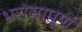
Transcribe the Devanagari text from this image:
भरोसापूर्ण